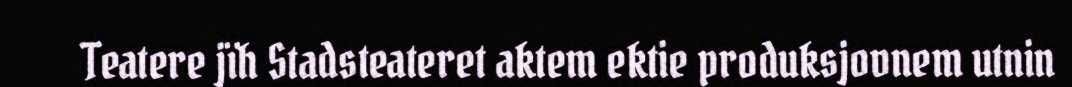
Teatere jïh Stadsteateret aktem ektie produksjovnem utnin